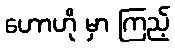
ဟောဟို မှာ ကြည့်